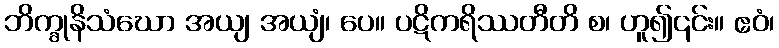
ဘိက္ခုနိသံဃော အယျ အယျံ၊ ပေ။ ပဋိကရိဿတီတိ စ၊ ဟူ၍၎င်း။ ဧဝံ၊